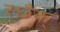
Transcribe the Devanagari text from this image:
स्छैक्